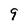
Character: 9